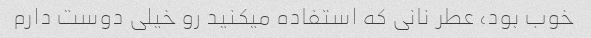
خوب بود، عطر نانی که استفاده میکنید رو خیلی دوست دارم